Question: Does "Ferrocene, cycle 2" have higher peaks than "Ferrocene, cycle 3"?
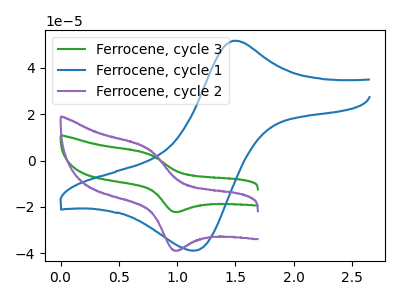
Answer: <think>The green curve "Ferrocene, cycle 3" has an anodic peak at (0.75V, 3.00uA) and a cathodic peak at (0.95V, -22.10uA). The blue curve "Ferrocene, cycle 1" has an anodic peak at (1.50V, 51.75uA) and a cathodic peak at (1.15V, -38.85uA). The purple curve "Ferrocene, cycle 2" has an anodic peak at (0.75V, 5.25uA) and a cathodic peak at (0.95V, -38.70uA).</think>
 <answer>Every peak in "Ferrocene, cycle 2" is higher than every peak in "Ferrocene, cycle 3".</answer>
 <eval>higher</eval>